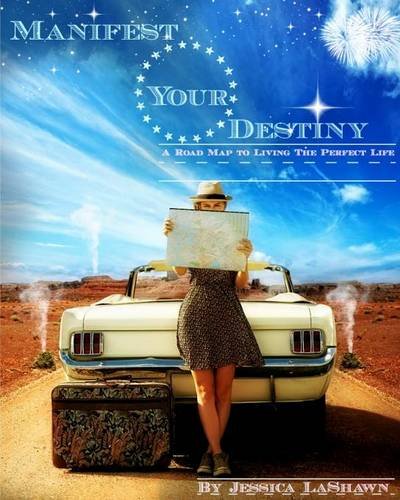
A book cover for Manifest Your Destiny: A Road Map to Living the Perfect Life; Jessica LaShawn; Religion & Spirituality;